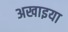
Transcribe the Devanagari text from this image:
अखाइया